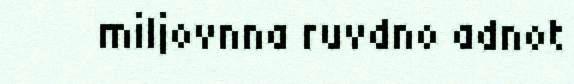
miljovnna ruvdno adnot